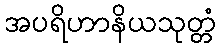
အပရိဟာနိယသုတ္တံ